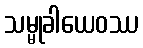
သမ္မုခါယေဝဿ